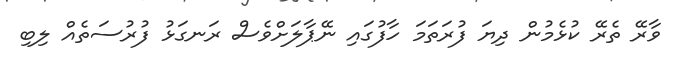
ވާރޭ ތެރޭ ކުޅެމުން ދިޔަ ފުރަތަމަ ހާފުގައި ނޭޕާލަށްވެސް ރަނގަޅު ފުރުސަތެއް ލިބި